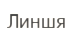
Линшя